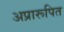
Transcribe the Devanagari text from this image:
अप्रारूपित